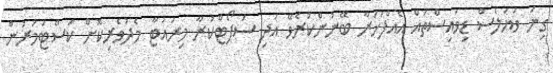
ގިނަ ވަޔަލެސް ޑިވައިސްތައް އެއްފަހަރާ ބޭނުންކުރެވޭ އަދި ސަޕޯޓްކުރާ މިރައުޓާ މެދުވެރިކޮށް ކަސްޓަމަރުން